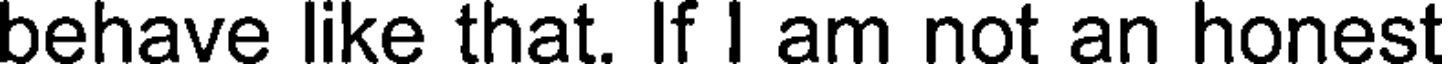
behave like that. If I am not an honest